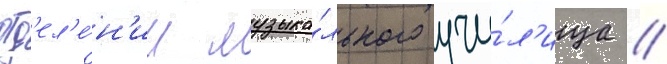
отд'ел'е́н'ии музыка́льного учи́л'ища //